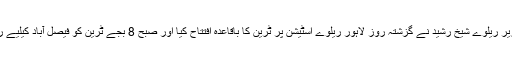
وفاقی وزیر ریلوے شیخ رشید نے گزشتہ روز لاہور ریلوے اسٹیشن پر ٹرین کا باقاعدہ افتتاح کیا اور صبح 8 بجے ٹرین کو فیصل آباد کیلیے روانہ کیا۔